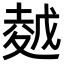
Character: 𡏜